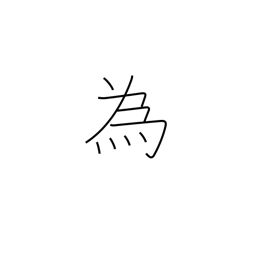
Meaning: do